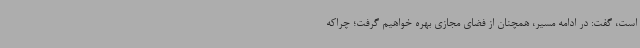
است، گفت: در ادامه مسیر، همچنان از فضای مجازی بهره خواهیم گرفت؛ چراکه